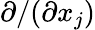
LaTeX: \partial/(\partial x_{j})